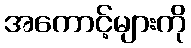
အကောင့်များကို